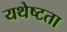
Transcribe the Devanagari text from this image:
यथेष्टता